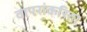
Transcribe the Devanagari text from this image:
वापरांकरिता